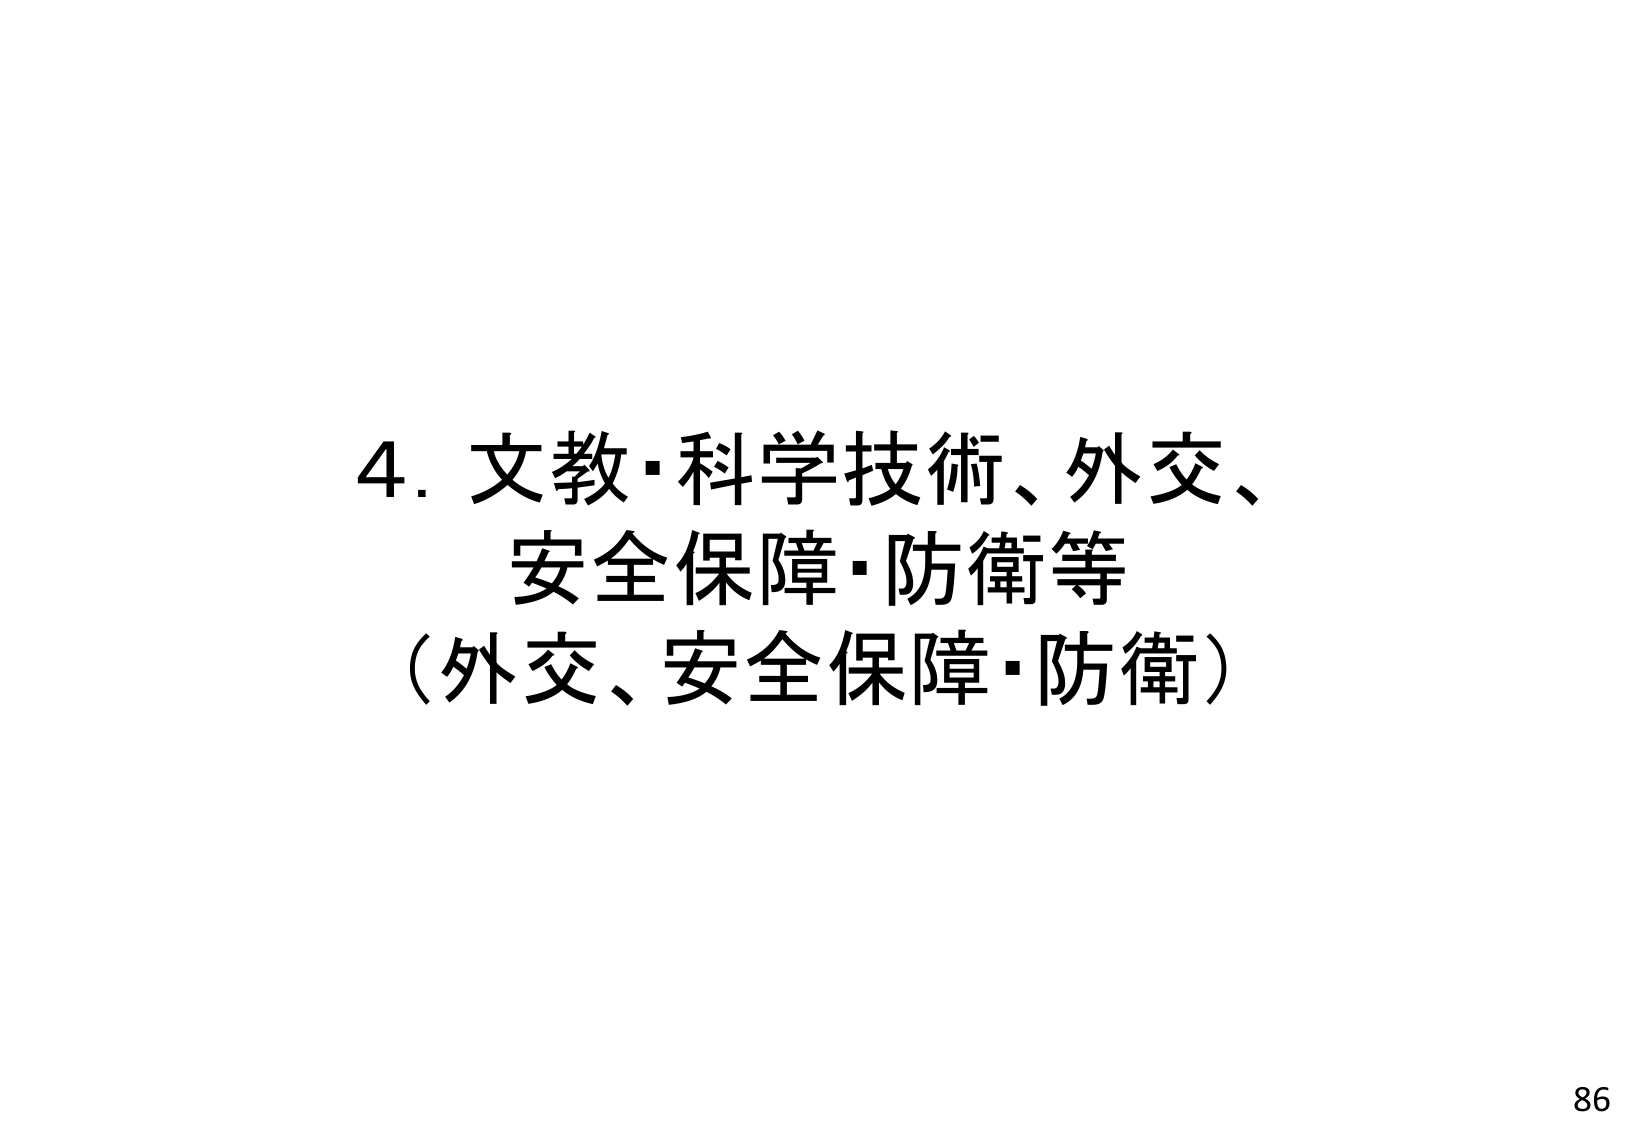
4. 文教・科学技術、外交、安全保障・防衛等
（外交、安全保障・防衛）
86